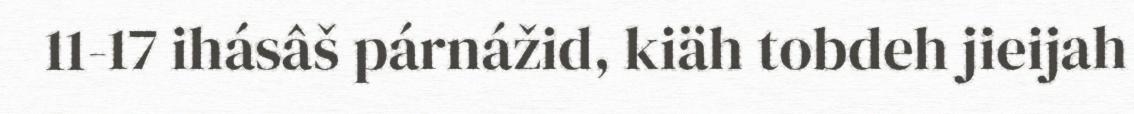
11-17 ihásâš párnážid, kiäh tobdeh jieijah